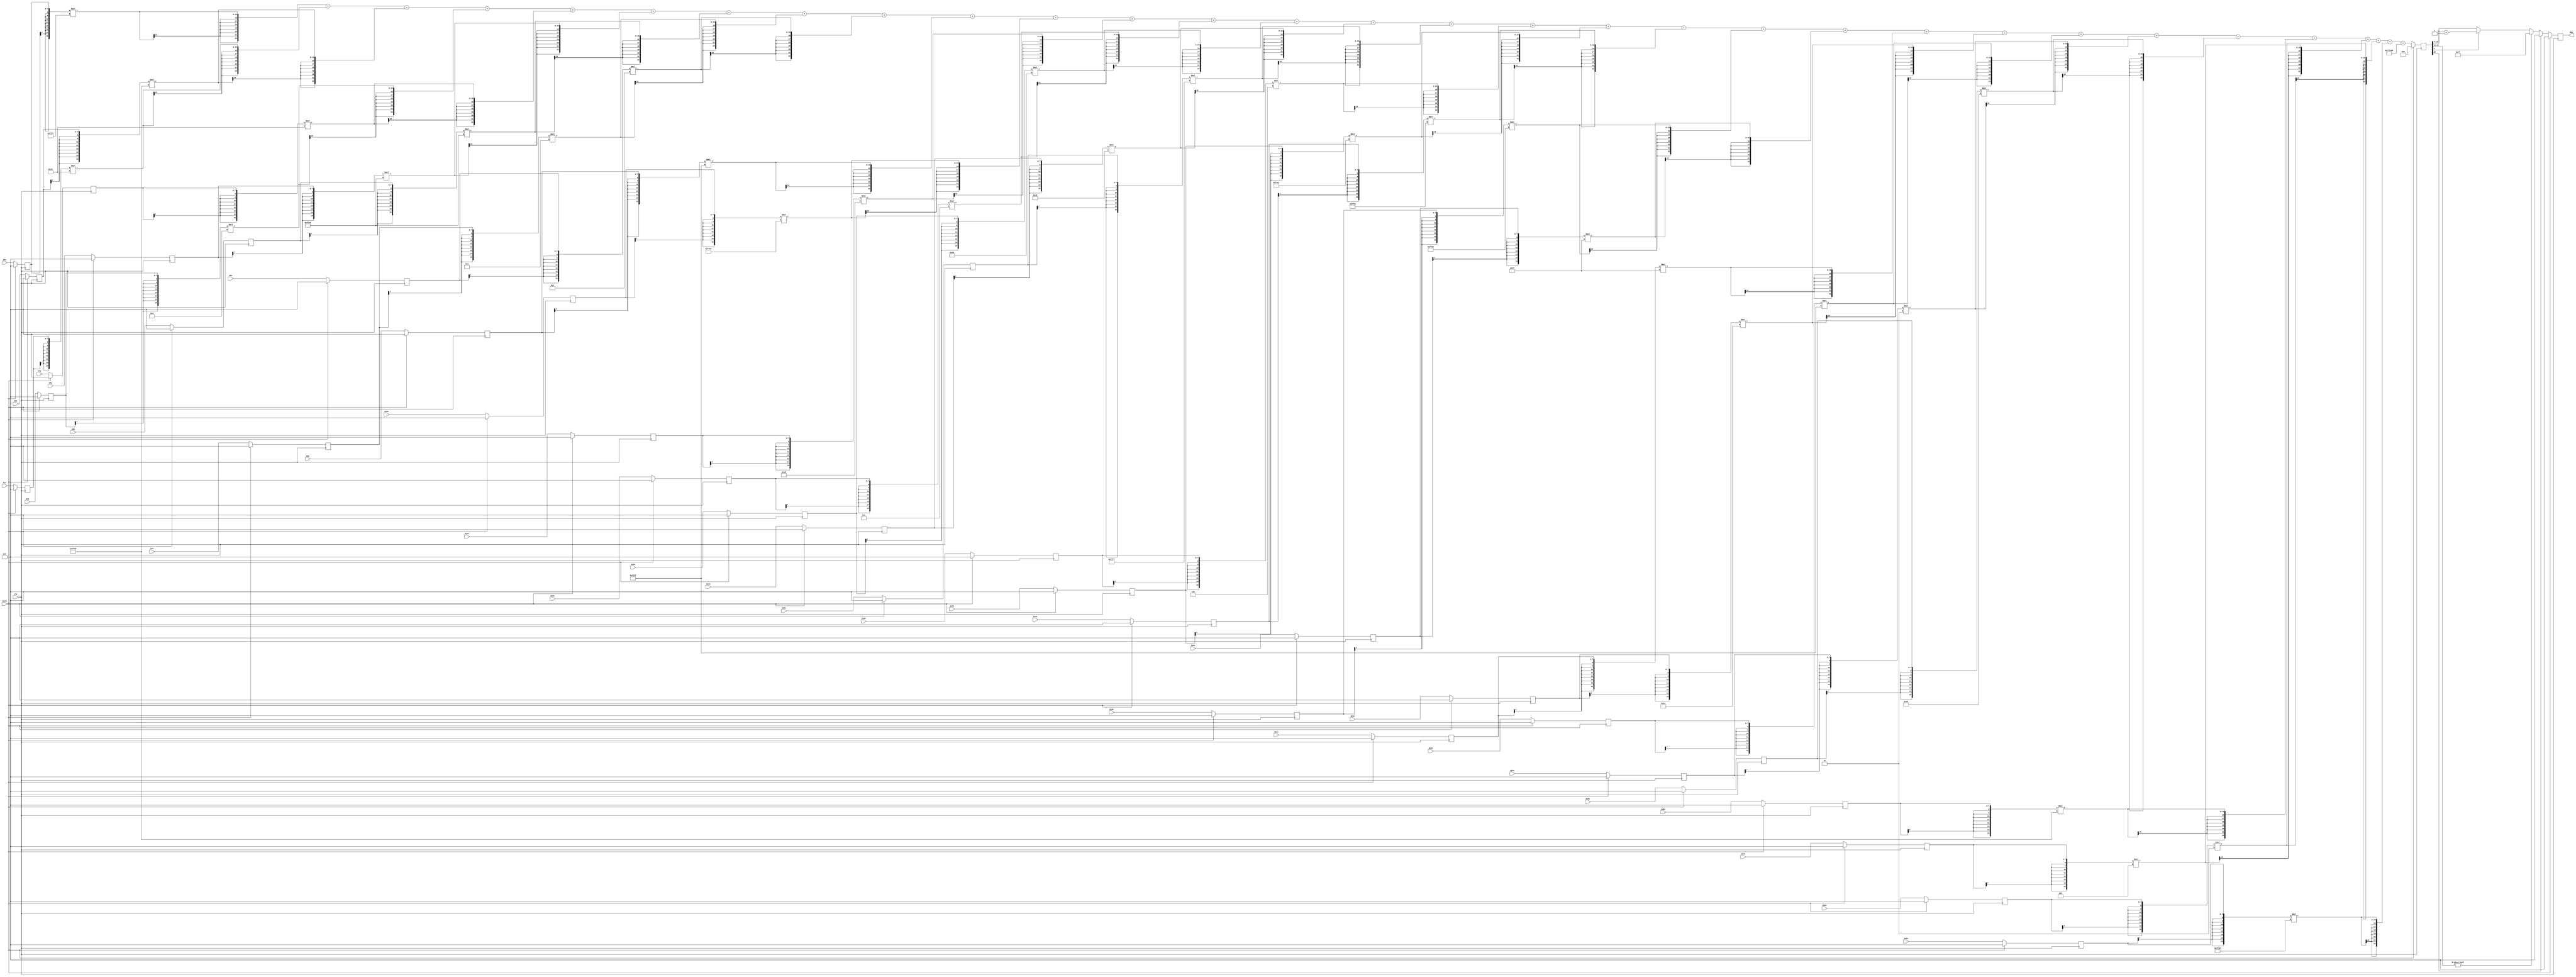
module node_5_4(clk,reset,N4x,A0x,A1x,A2x,A3x,A4x,A5x,A6x,A7x,A8x,A9x,A10x,A11x,A12x,A13x,A14x,A15x,A16x,A17x,A18x,A19x,A20x,A21x,A22x,A23x,A24x,A25x,A26x,A27x,A28x,A29x);
	input clk;
	input reset;
	input [7:0] A0x, A1x, A2x, A3x, A4x, A5x, A6x, A7x, A8x, A9x, A10x, A11x, A12x, A13x, A14x, A15x, A16x, A17x, A18x, A19x, A20x, A21x, A22x, A23x, A24x, A25x, A26x, A27x, A28x, A29x;
	reg [7:0] A0x_c, A1x_c, A2x_c, A3x_c, A4x_c, A5x_c, A6x_c, A7x_c, A8x_c, A9x_c, A10x_c, A11x_c, A12x_c, A13x_c, A14x_c, A15x_c, A16x_c, A17x_c, A18x_c, A19x_c, A20x_c, A21x_c, A22x_c, A23x_c, A24x_c, A25x_c, A26x_c, A27x_c, A28x_c, A29x_c;
	wire [15:0] sum0x, sum1x, sum2x, sum3x, sum4x, sum5x, sum6x, sum7x, sum8x, sum9x, sum10x, sum11x, sum12x, sum13x, sum14x, sum15x, sum16x, sum17x, sum18x, sum19x, sum20x, sum21x, sum22x, sum23x, sum24x, sum25x, sum26x, sum27x, sum28x, sum29x;
	output reg [7:0] N4x;
	reg [22:0] sumout;

	parameter [7:0] W0x=-8'd4;
	parameter [7:0] W1x=8'd20;
	parameter [7:0] W2x=-8'd8;
	parameter [7:0] W3x=8'd10;
	parameter [7:0] W4x=8'd20;
	parameter [7:0] W5x=-8'd19;
	parameter [7:0] W6x=-8'd19;
	parameter [7:0] W7x=8'd14;
	parameter [7:0] W8x=8'd12;
	parameter [7:0] W9x=-8'd1;
	parameter [7:0] W10x=-8'd7;
	parameter [7:0] W11x=8'd27;
	parameter [7:0] W12x=8'd7;
	parameter [7:0] W13x=8'd24;
	parameter [7:0] W14x=8'd21;
	parameter [7:0] W15x=-8'd9;
	parameter [7:0] W16x=8'd6;
	parameter [7:0] W17x=-8'd31;
	parameter [7:0] W18x=-8'd14;
	parameter [7:0] W19x=-8'd21;
	parameter [7:0] W20x=8'd31;
	parameter [7:0] W21x=8'd31;
	parameter [7:0] W22x=8'd17;
	parameter [7:0] W23x=-8'd1;
	parameter [7:0] W24x=8'd2;
	parameter [7:0] W25x=8'd25;
	parameter [7:0] W26x=-8'd8;
	parameter [7:0] W27x=8'd9;
	parameter [7:0] W28x=8'd2;
	parameter [7:0] W29x=-8'd26;
	parameter [15:0] B0x=-16'd512;


	assign sum0x = {A0x_c[7],A0x_c[7],A0x_c[7],A0x_c[7],A0x_c[7],A0x_c[7],A0x_c[7],A0x_c[7],A0x_c}*{W0x[7],W0x[7],W0x[7],W0x[7],W0x[7],W0x[7],W0x[7],W0x[7],W0x};
	assign sum1x = {A1x_c[7],A1x_c[7],A1x_c[7],A1x_c[7],A1x_c[7],A1x_c[7],A1x_c[7],A1x_c[7],A1x_c}*{W1x[7],W1x[7],W1x[7],W1x[7],W1x[7],W1x[7],W1x[7],W1x[7],W1x};
	assign sum2x = {A2x_c[7],A2x_c[7],A2x_c[7],A2x_c[7],A2x_c[7],A2x_c[7],A2x_c[7],A2x_c[7],A2x_c}*{W2x[7],W2x[7],W2x[7],W2x[7],W2x[7],W2x[7],W2x[7],W2x[7],W2x};
	assign sum3x = {A3x_c[7],A3x_c[7],A3x_c[7],A3x_c[7],A3x_c[7],A3x_c[7],A3x_c[7],A3x_c[7],A3x_c}*{W3x[7],W3x[7],W3x[7],W3x[7],W3x[7],W3x[7],W3x[7],W3x[7],W3x};
	assign sum4x = {A4x_c[7],A4x_c[7],A4x_c[7],A4x_c[7],A4x_c[7],A4x_c[7],A4x_c[7],A4x_c[7],A4x_c}*{W4x[7],W4x[7],W4x[7],W4x[7],W4x[7],W4x[7],W4x[7],W4x[7],W4x};
	assign sum5x = {A5x_c[7],A5x_c[7],A5x_c[7],A5x_c[7],A5x_c[7],A5x_c[7],A5x_c[7],A5x_c[7],A5x_c}*{W5x[7],W5x[7],W5x[7],W5x[7],W5x[7],W5x[7],W5x[7],W5x[7],W5x};
	assign sum6x = {A6x_c[7],A6x_c[7],A6x_c[7],A6x_c[7],A6x_c[7],A6x_c[7],A6x_c[7],A6x_c[7],A6x_c}*{W6x[7],W6x[7],W6x[7],W6x[7],W6x[7],W6x[7],W6x[7],W6x[7],W6x};
	assign sum7x = {A7x_c[7],A7x_c[7],A7x_c[7],A7x_c[7],A7x_c[7],A7x_c[7],A7x_c[7],A7x_c[7],A7x_c}*{W7x[7],W7x[7],W7x[7],W7x[7],W7x[7],W7x[7],W7x[7],W7x[7],W7x};
	assign sum8x = {A8x_c[7],A8x_c[7],A8x_c[7],A8x_c[7],A8x_c[7],A8x_c[7],A8x_c[7],A8x_c[7],A8x_c}*{W8x[7],W8x[7],W8x[7],W8x[7],W8x[7],W8x[7],W8x[7],W8x[7],W8x};
	assign sum9x = {A9x_c[7],A9x_c[7],A9x_c[7],A9x_c[7],A9x_c[7],A9x_c[7],A9x_c[7],A9x_c[7],A9x_c}*{W9x[7],W9x[7],W9x[7],W9x[7],W9x[7],W9x[7],W9x[7],W9x[7],W9x};
	assign sum10x = {A10x_c[7],A10x_c[7],A10x_c[7],A10x_c[7],A10x_c[7],A10x_c[7],A10x_c[7],A10x_c[7],A10x_c}*{W10x[7],W10x[7],W10x[7],W10x[7],W10x[7],W10x[7],W10x[7],W10x[7],W10x};
	assign sum11x = {A11x_c[7],A11x_c[7],A11x_c[7],A11x_c[7],A11x_c[7],A11x_c[7],A11x_c[7],A11x_c[7],A11x_c}*{W11x[7],W11x[7],W11x[7],W11x[7],W11x[7],W11x[7],W11x[7],W11x[7],W11x};
	assign sum12x = {A12x_c[7],A12x_c[7],A12x_c[7],A12x_c[7],A12x_c[7],A12x_c[7],A12x_c[7],A12x_c[7],A12x_c}*{W12x[7],W12x[7],W12x[7],W12x[7],W12x[7],W12x[7],W12x[7],W12x[7],W12x};
	assign sum13x = {A13x_c[7],A13x_c[7],A13x_c[7],A13x_c[7],A13x_c[7],A13x_c[7],A13x_c[7],A13x_c[7],A13x_c}*{W13x[7],W13x[7],W13x[7],W13x[7],W13x[7],W13x[7],W13x[7],W13x[7],W13x};
	assign sum14x = {A14x_c[7],A14x_c[7],A14x_c[7],A14x_c[7],A14x_c[7],A14x_c[7],A14x_c[7],A14x_c[7],A14x_c}*{W14x[7],W14x[7],W14x[7],W14x[7],W14x[7],W14x[7],W14x[7],W14x[7],W14x};
	assign sum15x = {A15x_c[7],A15x_c[7],A15x_c[7],A15x_c[7],A15x_c[7],A15x_c[7],A15x_c[7],A15x_c[7],A15x_c}*{W15x[7],W15x[7],W15x[7],W15x[7],W15x[7],W15x[7],W15x[7],W15x[7],W15x};
	assign sum16x = {A16x_c[7],A16x_c[7],A16x_c[7],A16x_c[7],A16x_c[7],A16x_c[7],A16x_c[7],A16x_c[7],A16x_c}*{W16x[7],W16x[7],W16x[7],W16x[7],W16x[7],W16x[7],W16x[7],W16x[7],W16x};
	assign sum17x = {A17x_c[7],A17x_c[7],A17x_c[7],A17x_c[7],A17x_c[7],A17x_c[7],A17x_c[7],A17x_c[7],A17x_c}*{W17x[7],W17x[7],W17x[7],W17x[7],W17x[7],W17x[7],W17x[7],W17x[7],W17x};
	assign sum18x = {A18x_c[7],A18x_c[7],A18x_c[7],A18x_c[7],A18x_c[7],A18x_c[7],A18x_c[7],A18x_c[7],A18x_c}*{W18x[7],W18x[7],W18x[7],W18x[7],W18x[7],W18x[7],W18x[7],W18x[7],W18x};
	assign sum19x = {A19x_c[7],A19x_c[7],A19x_c[7],A19x_c[7],A19x_c[7],A19x_c[7],A19x_c[7],A19x_c[7],A19x_c}*{W19x[7],W19x[7],W19x[7],W19x[7],W19x[7],W19x[7],W19x[7],W19x[7],W19x};
	assign sum20x = {A20x_c[7],A20x_c[7],A20x_c[7],A20x_c[7],A20x_c[7],A20x_c[7],A20x_c[7],A20x_c[7],A20x_c}*{W20x[7],W20x[7],W20x[7],W20x[7],W20x[7],W20x[7],W20x[7],W20x[7],W20x};
	assign sum21x = {A21x_c[7],A21x_c[7],A21x_c[7],A21x_c[7],A21x_c[7],A21x_c[7],A21x_c[7],A21x_c[7],A21x_c}*{W21x[7],W21x[7],W21x[7],W21x[7],W21x[7],W21x[7],W21x[7],W21x[7],W21x};
	assign sum22x = {A22x_c[7],A22x_c[7],A22x_c[7],A22x_c[7],A22x_c[7],A22x_c[7],A22x_c[7],A22x_c[7],A22x_c}*{W22x[7],W22x[7],W22x[7],W22x[7],W22x[7],W22x[7],W22x[7],W22x[7],W22x};
	assign sum23x = {A23x_c[7],A23x_c[7],A23x_c[7],A23x_c[7],A23x_c[7],A23x_c[7],A23x_c[7],A23x_c[7],A23x_c}*{W23x[7],W23x[7],W23x[7],W23x[7],W23x[7],W23x[7],W23x[7],W23x[7],W23x};
	assign sum24x = {A24x_c[7],A24x_c[7],A24x_c[7],A24x_c[7],A24x_c[7],A24x_c[7],A24x_c[7],A24x_c[7],A24x_c}*{W24x[7],W24x[7],W24x[7],W24x[7],W24x[7],W24x[7],W24x[7],W24x[7],W24x};
	assign sum25x = {A25x_c[7],A25x_c[7],A25x_c[7],A25x_c[7],A25x_c[7],A25x_c[7],A25x_c[7],A25x_c[7],A25x_c}*{W25x[7],W25x[7],W25x[7],W25x[7],W25x[7],W25x[7],W25x[7],W25x[7],W25x};
	assign sum26x = {A26x_c[7],A26x_c[7],A26x_c[7],A26x_c[7],A26x_c[7],A26x_c[7],A26x_c[7],A26x_c[7],A26x_c}*{W26x[7],W26x[7],W26x[7],W26x[7],W26x[7],W26x[7],W26x[7],W26x[7],W26x};
	assign sum27x = {A27x_c[7],A27x_c[7],A27x_c[7],A27x_c[7],A27x_c[7],A27x_c[7],A27x_c[7],A27x_c[7],A27x_c}*{W27x[7],W27x[7],W27x[7],W27x[7],W27x[7],W27x[7],W27x[7],W27x[7],W27x};
	assign sum28x = {A28x_c[7],A28x_c[7],A28x_c[7],A28x_c[7],A28x_c[7],A28x_c[7],A28x_c[7],A28x_c[7],A28x_c}*{W28x[7],W28x[7],W28x[7],W28x[7],W28x[7],W28x[7],W28x[7],W28x[7],W28x};
	assign sum29x = {A29x_c[7],A29x_c[7],A29x_c[7],A29x_c[7],A29x_c[7],A29x_c[7],A29x_c[7],A29x_c[7],A29x_c}*{W29x[7],W29x[7],W29x[7],W29x[7],W29x[7],W29x[7],W29x[7],W29x[7],W29x};

	always@(posedge clk) begin

		if(reset)
			begin
			N4x<=8'd0;
			sumout<=16'd0;
			A0x_c <= 8'd0;
			A1x_c <= 8'd0;
			A2x_c <= 8'd0;
			A3x_c <= 8'd0;
			A4x_c <= 8'd0;
			A5x_c <= 8'd0;
			A6x_c <= 8'd0;
			A7x_c <= 8'd0;
			A8x_c <= 8'd0;
			A9x_c <= 8'd0;
			A10x_c <= 8'd0;
			A11x_c <= 8'd0;
			A12x_c <= 8'd0;
			A13x_c <= 8'd0;
			A14x_c <= 8'd0;
			A15x_c <= 8'd0;
			A16x_c <= 8'd0;
			A17x_c <= 8'd0;
			A18x_c <= 8'd0;
			A19x_c <= 8'd0;
			A20x_c <= 8'd0;
			A21x_c <= 8'd0;
			A22x_c <= 8'd0;
			A23x_c <= 8'd0;
			A24x_c <= 8'd0;
			A25x_c <= 8'd0;
			A26x_c <= 8'd0;
			A27x_c <= 8'd0;
			A28x_c <= 8'd0;
			A29x_c <= 8'd0;
			end
		else
			begin
			A0x_c <= A0x;
			A1x_c <= A1x;
			A2x_c <= A2x;
			A3x_c <= A3x;
			A4x_c <= A4x;
			A5x_c <= A5x;
			A6x_c <= A6x;
			A7x_c <= A7x;
			A8x_c <= A8x;
			A9x_c <= A9x;
			A10x_c <= A10x;
			A11x_c <= A11x;
			A12x_c <= A12x;
			A13x_c <= A13x;
			A14x_c <= A14x;
			A15x_c <= A15x;
			A16x_c <= A16x;
			A17x_c <= A17x;
			A18x_c <= A18x;
			A19x_c <= A19x;
			A20x_c <= A20x;
			A21x_c <= A21x;
			A22x_c <= A22x;
			A23x_c <= A23x;
			A24x_c <= A24x;
			A25x_c <= A25x;
			A26x_c <= A26x;
			A27x_c <= A27x;
			A28x_c <= A28x;
			A29x_c <= A29x;
			sumout<={sum0x[15],sum0x[15],sum0x[15],sum0x[15],sum0x[15],sum0x[15],sum0x[15],sum0x}+{sum1x[15],sum1x[15],sum1x[15],sum1x[15],sum1x[15],sum1x[15],sum1x[15],sum1x}+{sum2x[15],sum2x[15],sum2x[15],sum2x[15],sum2x[15],sum2x[15],sum2x[15],sum2x}+{sum3x[15],sum3x[15],sum3x[15],sum3x[15],sum3x[15],sum3x[15],sum3x[15],sum3x}+{sum4x[15],sum4x[15],sum4x[15],sum4x[15],sum4x[15],sum4x[15],sum4x[15],sum4x}+{sum5x[15],sum5x[15],sum5x[15],sum5x[15],sum5x[15],sum5x[15],sum5x[15],sum5x}+{sum6x[15],sum6x[15],sum6x[15],sum6x[15],sum6x[15],sum6x[15],sum6x[15],sum6x}+{sum7x[15],sum7x[15],sum7x[15],sum7x[15],sum7x[15],sum7x[15],sum7x[15],sum7x}+{sum8x[15],sum8x[15],sum8x[15],sum8x[15],sum8x[15],sum8x[15],sum8x[15],sum8x}+{sum9x[15],sum9x[15],sum9x[15],sum9x[15],sum9x[15],sum9x[15],sum9x[15],sum9x}+{sum10x[15],sum10x[15],sum10x[15],sum10x[15],sum10x[15],sum10x[15],sum10x[15],sum10x}+{sum11x[15],sum11x[15],sum11x[15],sum11x[15],sum11x[15],sum11x[15],sum11x[15],sum11x}+{sum12x[15],sum12x[15],sum12x[15],sum12x[15],sum12x[15],sum12x[15],sum12x[15],sum12x}+{sum13x[15],sum13x[15],sum13x[15],sum13x[15],sum13x[15],sum13x[15],sum13x[15],sum13x}+{sum14x[15],sum14x[15],sum14x[15],sum14x[15],sum14x[15],sum14x[15],sum14x[15],sum14x}+{sum15x[15],sum15x[15],sum15x[15],sum15x[15],sum15x[15],sum15x[15],sum15x[15],sum15x}+{sum16x[15],sum16x[15],sum16x[15],sum16x[15],sum16x[15],sum16x[15],sum16x[15],sum16x}+{sum17x[15],sum17x[15],sum17x[15],sum17x[15],sum17x[15],sum17x[15],sum17x[15],sum17x}+{sum18x[15],sum18x[15],sum18x[15],sum18x[15],sum18x[15],sum18x[15],sum18x[15],sum18x}+{sum19x[15],sum19x[15],sum19x[15],sum19x[15],sum19x[15],sum19x[15],sum19x[15],sum19x}+{sum20x[15],sum20x[15],sum20x[15],sum20x[15],sum20x[15],sum20x[15],sum20x[15],sum20x}+{sum21x[15],sum21x[15],sum21x[15],sum21x[15],sum21x[15],sum21x[15],sum21x[15],sum21x}+{sum22x[15],sum22x[15],sum22x[15],sum22x[15],sum22x[15],sum22x[15],sum22x[15],sum22x}+{sum23x[15],sum23x[15],sum23x[15],sum23x[15],sum23x[15],sum23x[15],sum23x[15],sum23x}+{sum24x[15],sum24x[15],sum24x[15],sum24x[15],sum24x[15],sum24x[15],sum24x[15],sum24x}+{sum25x[15],sum25x[15],sum25x[15],sum25x[15],sum25x[15],sum25x[15],sum25x[15],sum25x}+{sum26x[15],sum26x[15],sum26x[15],sum26x[15],sum26x[15],sum26x[15],sum26x[15],sum26x}+{sum27x[15],sum27x[15],sum27x[15],sum27x[15],sum27x[15],sum27x[15],sum27x[15],sum27x}+{sum28x[15],sum28x[15],sum28x[15],sum28x[15],sum28x[15],sum28x[15],sum28x[15],sum28x}+{sum29x[15],sum29x[15],sum29x[15],sum29x[15],sum29x[15],sum29x[15],sum29x[15],sum29x}+{B0x[15],B0x[15],B0x[15],B0x[15],B0x[15],B0x[15],B0x[15],B0x};

			if(sumout[22]==0)
				begin
				if(sumout[21:13]!=9'b0)
					N4x<=8'd127;
				else
					begin
					if(sumout[5]==1)
						N4x<=sumout[13:6]+8'd1;
					else
						N4x<=sumout[13:6];
					end
				end
			else
				N4x<=8'd0;
			end
		end
endmodule